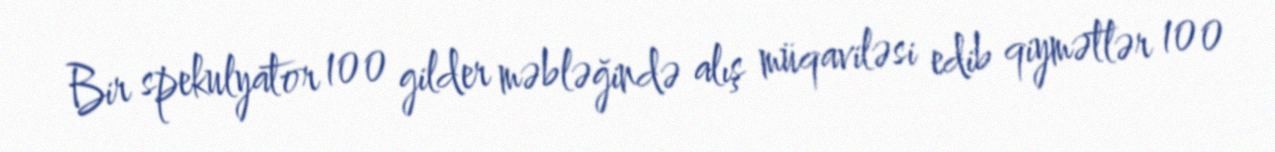
Bir spekulyator 100 gilder məbləğində alış müqaviləsi edib qiymətlər 100